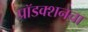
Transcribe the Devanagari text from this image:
प्रॉडक्शनचा